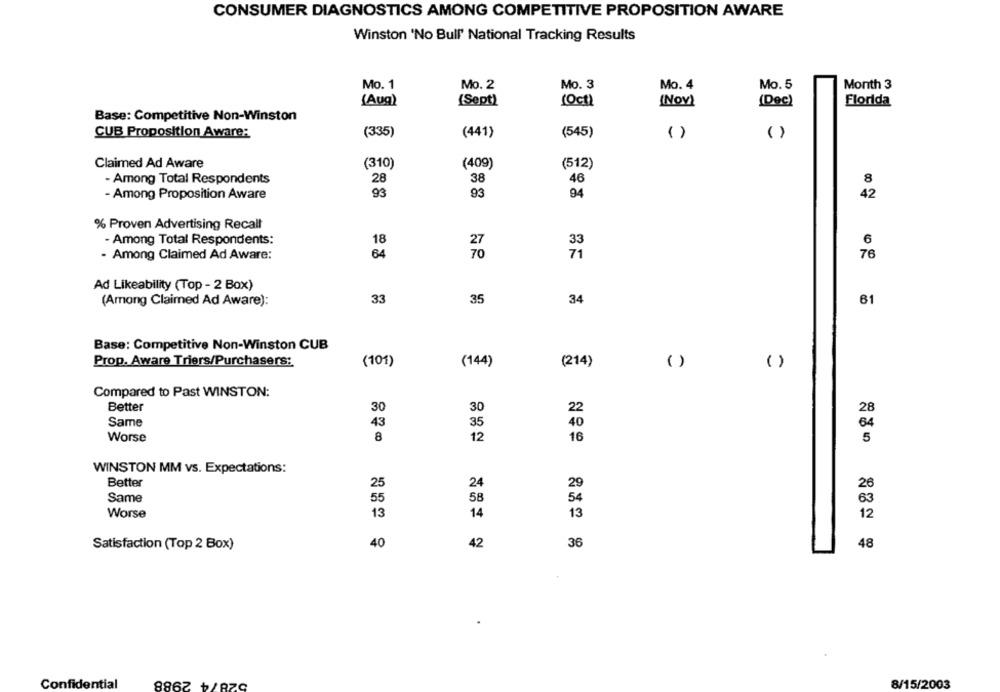
CONSUMER DIAGNOSTICS AMONG COMPETITIVE PROPOSITION AWARE
Winston 'No Bull' National Tracking Results
Mo. 1
Mo. 2
Mo. 3
Mo. 4
Mo. 5
Month 3
(Aug)
(Sept)
(Oct)
(Nov)
(Dec)
Florida
Base: Competitive Non-Winston
CUB Proposition Aware:
(335)
(441)
(545)
( )
( )
Claimed Ad Aware
(310)
(409)
(512)
- Among Total Respondents
28
38
46
8
93
93
94
- Among Proposition Aware
% Proven Advertising Recall
- Among Total Respondents:
18
33
6
- Among Claimed Ad Aware:
64
71
76
Ad Likeability (Top - 2 Box)
(Among Claimed Ad Aware):
33
35
34
61
Base: Competitive Non-Winston CUB
Prop. Aware Triers/Purchasers:
(101)
(144)
(214)
( )
( )
Compared to Past WINSTON:
Better
30
30
22
28
Same
43
35
40
64
Worse
8
12
16
5
WINSTON MM vs. Expectations:
Better
25
24
29
26
Same
55
58
54
63
Worse
13
14
13
12
Satisfaction (Top 2 Box)
40
42
36
48
.
52874 2988
Confidential
8/15/2003